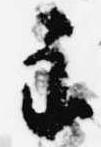
主